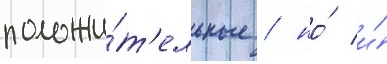
положи́т'ельные / но́ и́